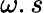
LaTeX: \omega.s